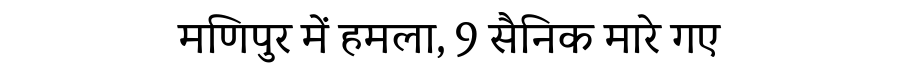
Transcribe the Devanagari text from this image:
मणिपुर में हमला, 9 सैनिक मारे गए